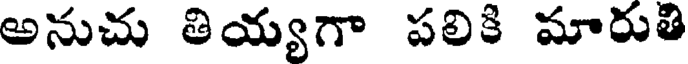
అనుచు తియ్యగా పలికి మారుతి